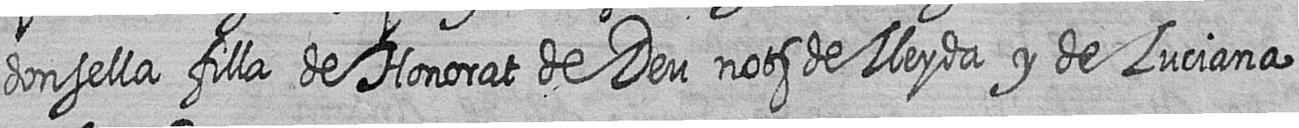
donsella filla de Honorat de Deu nots de Lleyda y de Luciana